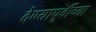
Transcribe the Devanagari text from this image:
देण्यापूर्वीच्या